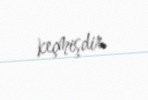
keçmişdir.